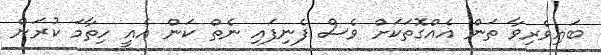
ބައިވެރިވާ ތަން އެއްގޮތަކަށް ވެސް ފެނިފައި ނެތް ކަން އެއީ ހިތާމަ ކުރަން